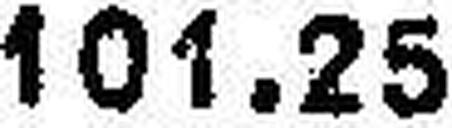
101.25